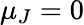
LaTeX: \mu_{J}=0